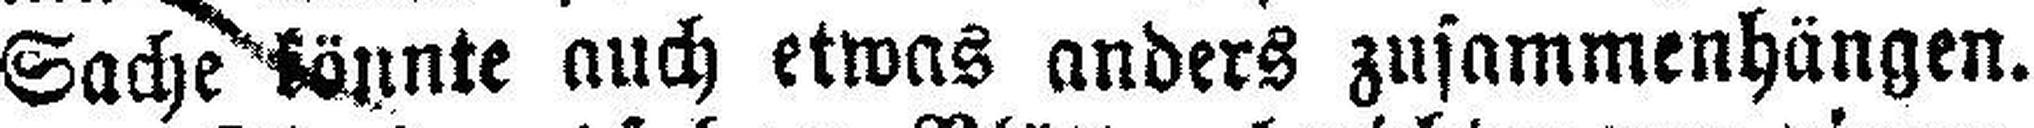
Sache könnte auch etwas anders zusammenhängen.